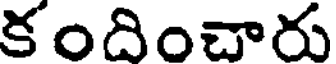
కందించారు